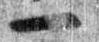
一